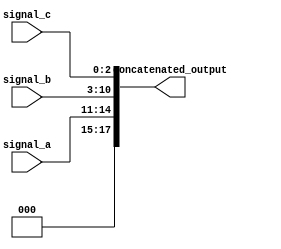
module ConcatenationExample (
    input wire [3:0] signal_a,    // 4-bit input signal
    input wire [7:0] signal_b,    // 8-bit input signal
    input wire [2:0] signal_c,    // 3-bit input signal
    output wire [17:0] concatenated_output // 17-bit output signal
);

// Continuous assignment using concatenation operator
assign concatenated_output = {signal_a, signal_b, signal_c}; // Concatenate signals

endmodule